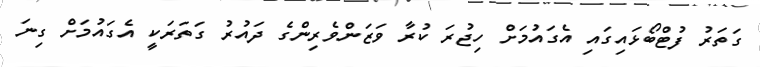
ގަތަރު ފުޓްބޯޅައިގައި އެގައުމަށް ހިޖުރަ ކުރާ ވަޒަންވެރިންގެ ދައުރު ގަތަރަކީ އެގައުމަށް ގިނަ